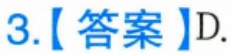
3.【答案】D.